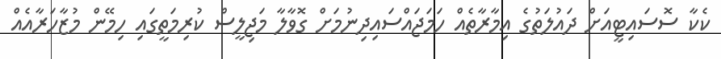
ކެކާ ސޮސައިޓީއަށް ދައުލަތުގެ އިމާރާތެއް ހަމަޖައްސައިދިނުމަށް ގޮވާލާ މަޖިލީސް ކުރިމަތީގައި ހިމޭން މުޒާހަރާއެއް